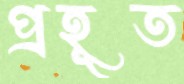
প্রহূত